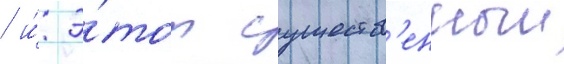
/ и́ э́тот существ'енныи